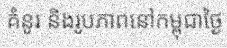
គំនូរ និងរូបភាពនៅកម្ពុជាថ្ងៃ